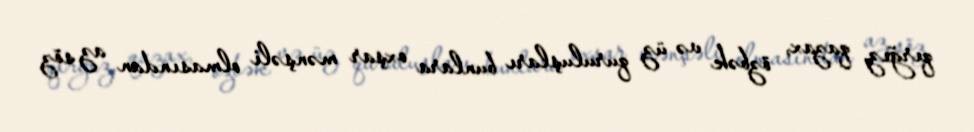
qırğız, qazax, özbək və üz quruluşları bunlara oxşar mənşəli olmasından az söz